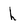
Character: h